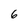
Character: 6